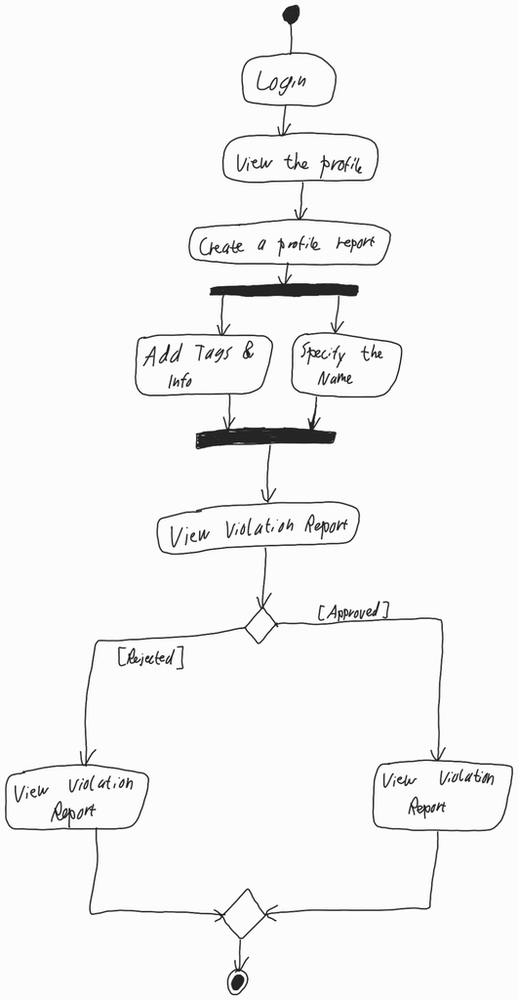
Diagram type: activity_diagram
```plantuml
@startuml

start

:Login;

:View the profile;

:Create a profile report;

fork
  :Add Tags & Info;
fork again
  :Specify the Name;
endfork

:View Violation Report;

if () then ([Rejected])
  :View Violation Report;
else ([Approved])
  :View Violation Report;
endif

stop

@enduml
```